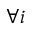
\forall i